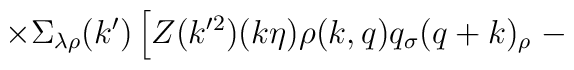
\times \Sigma_{\lambda\rho}(k')\left[Z(k'^2)(k\eta)\rho(k,q)q_\sigma(q+k)_\rho\right.-